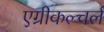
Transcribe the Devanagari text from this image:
एग्रीकल्चर्ल